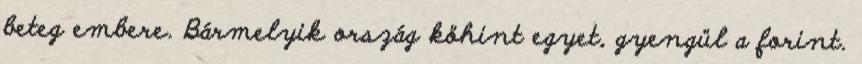
beteg embere. Bármelyik ország köhint egyet, gyengül a forint.